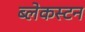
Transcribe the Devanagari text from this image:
ब्लेकस्टन